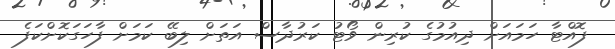
ފޮއްޓާ ހަމައަށް ދިއުމުގެ ކުރިން ވޯޓު ކަރުދާސް އަތަށް ލިބޭ ކަމަށް ފާހަގަކޮށްކަފެ